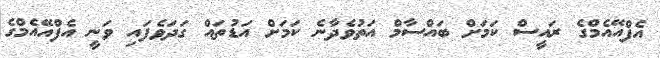
އެފްއޭއެމްގެ ރައީސް ކަމަށް ބައްސާމް އަތުވެދާނެ ކަމަށް އަޑުތައް ގަދަވެފައި ވަނީ އެފްއޭއެމްގެ